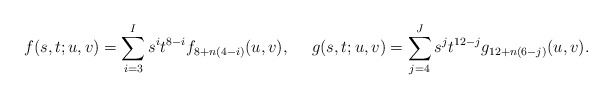
\begin{align*} f(s,t;u,v) = \sum_{i=3}^I s^i t^{8-i}f_{8+n(4-i)}(u,v),~~~~ g(s,t;u,v) = \sum_{j=4}^J s^j t^{12-j}g_{12+n(6-j)}(u,v).\end{align*}